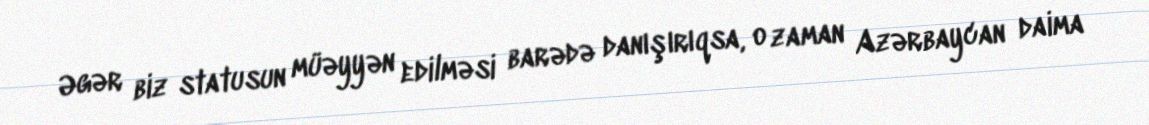
Əgər biz statusun müəyyən edilməsi barədə danışırıqsa, o zaman Azərbaycan daima